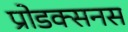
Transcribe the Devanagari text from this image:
प्रोडक्सनस